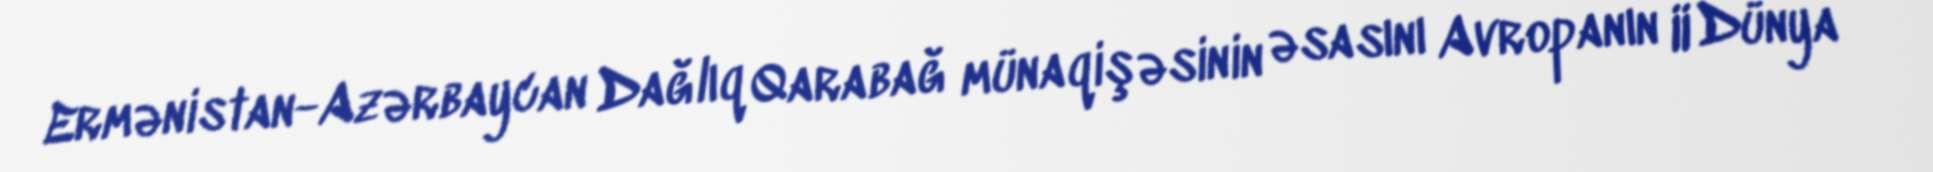
Ermənistan-Azərbaycan Dağlıq Qarabağ münaqişəsinin əsasını Avropanın II Dünya